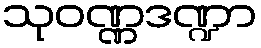
သုဝဏ္ဏဒဏ္ဍာ